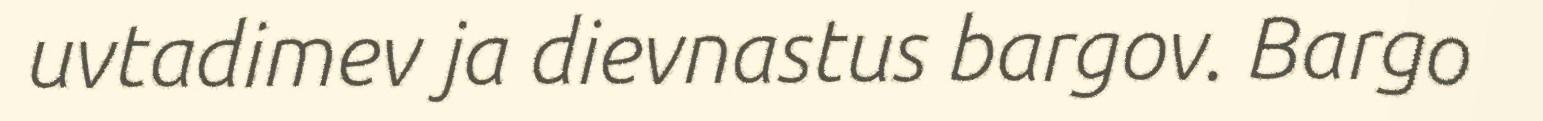
uvtadimev ja dievnastus bargov. Bargo